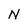
Character: N